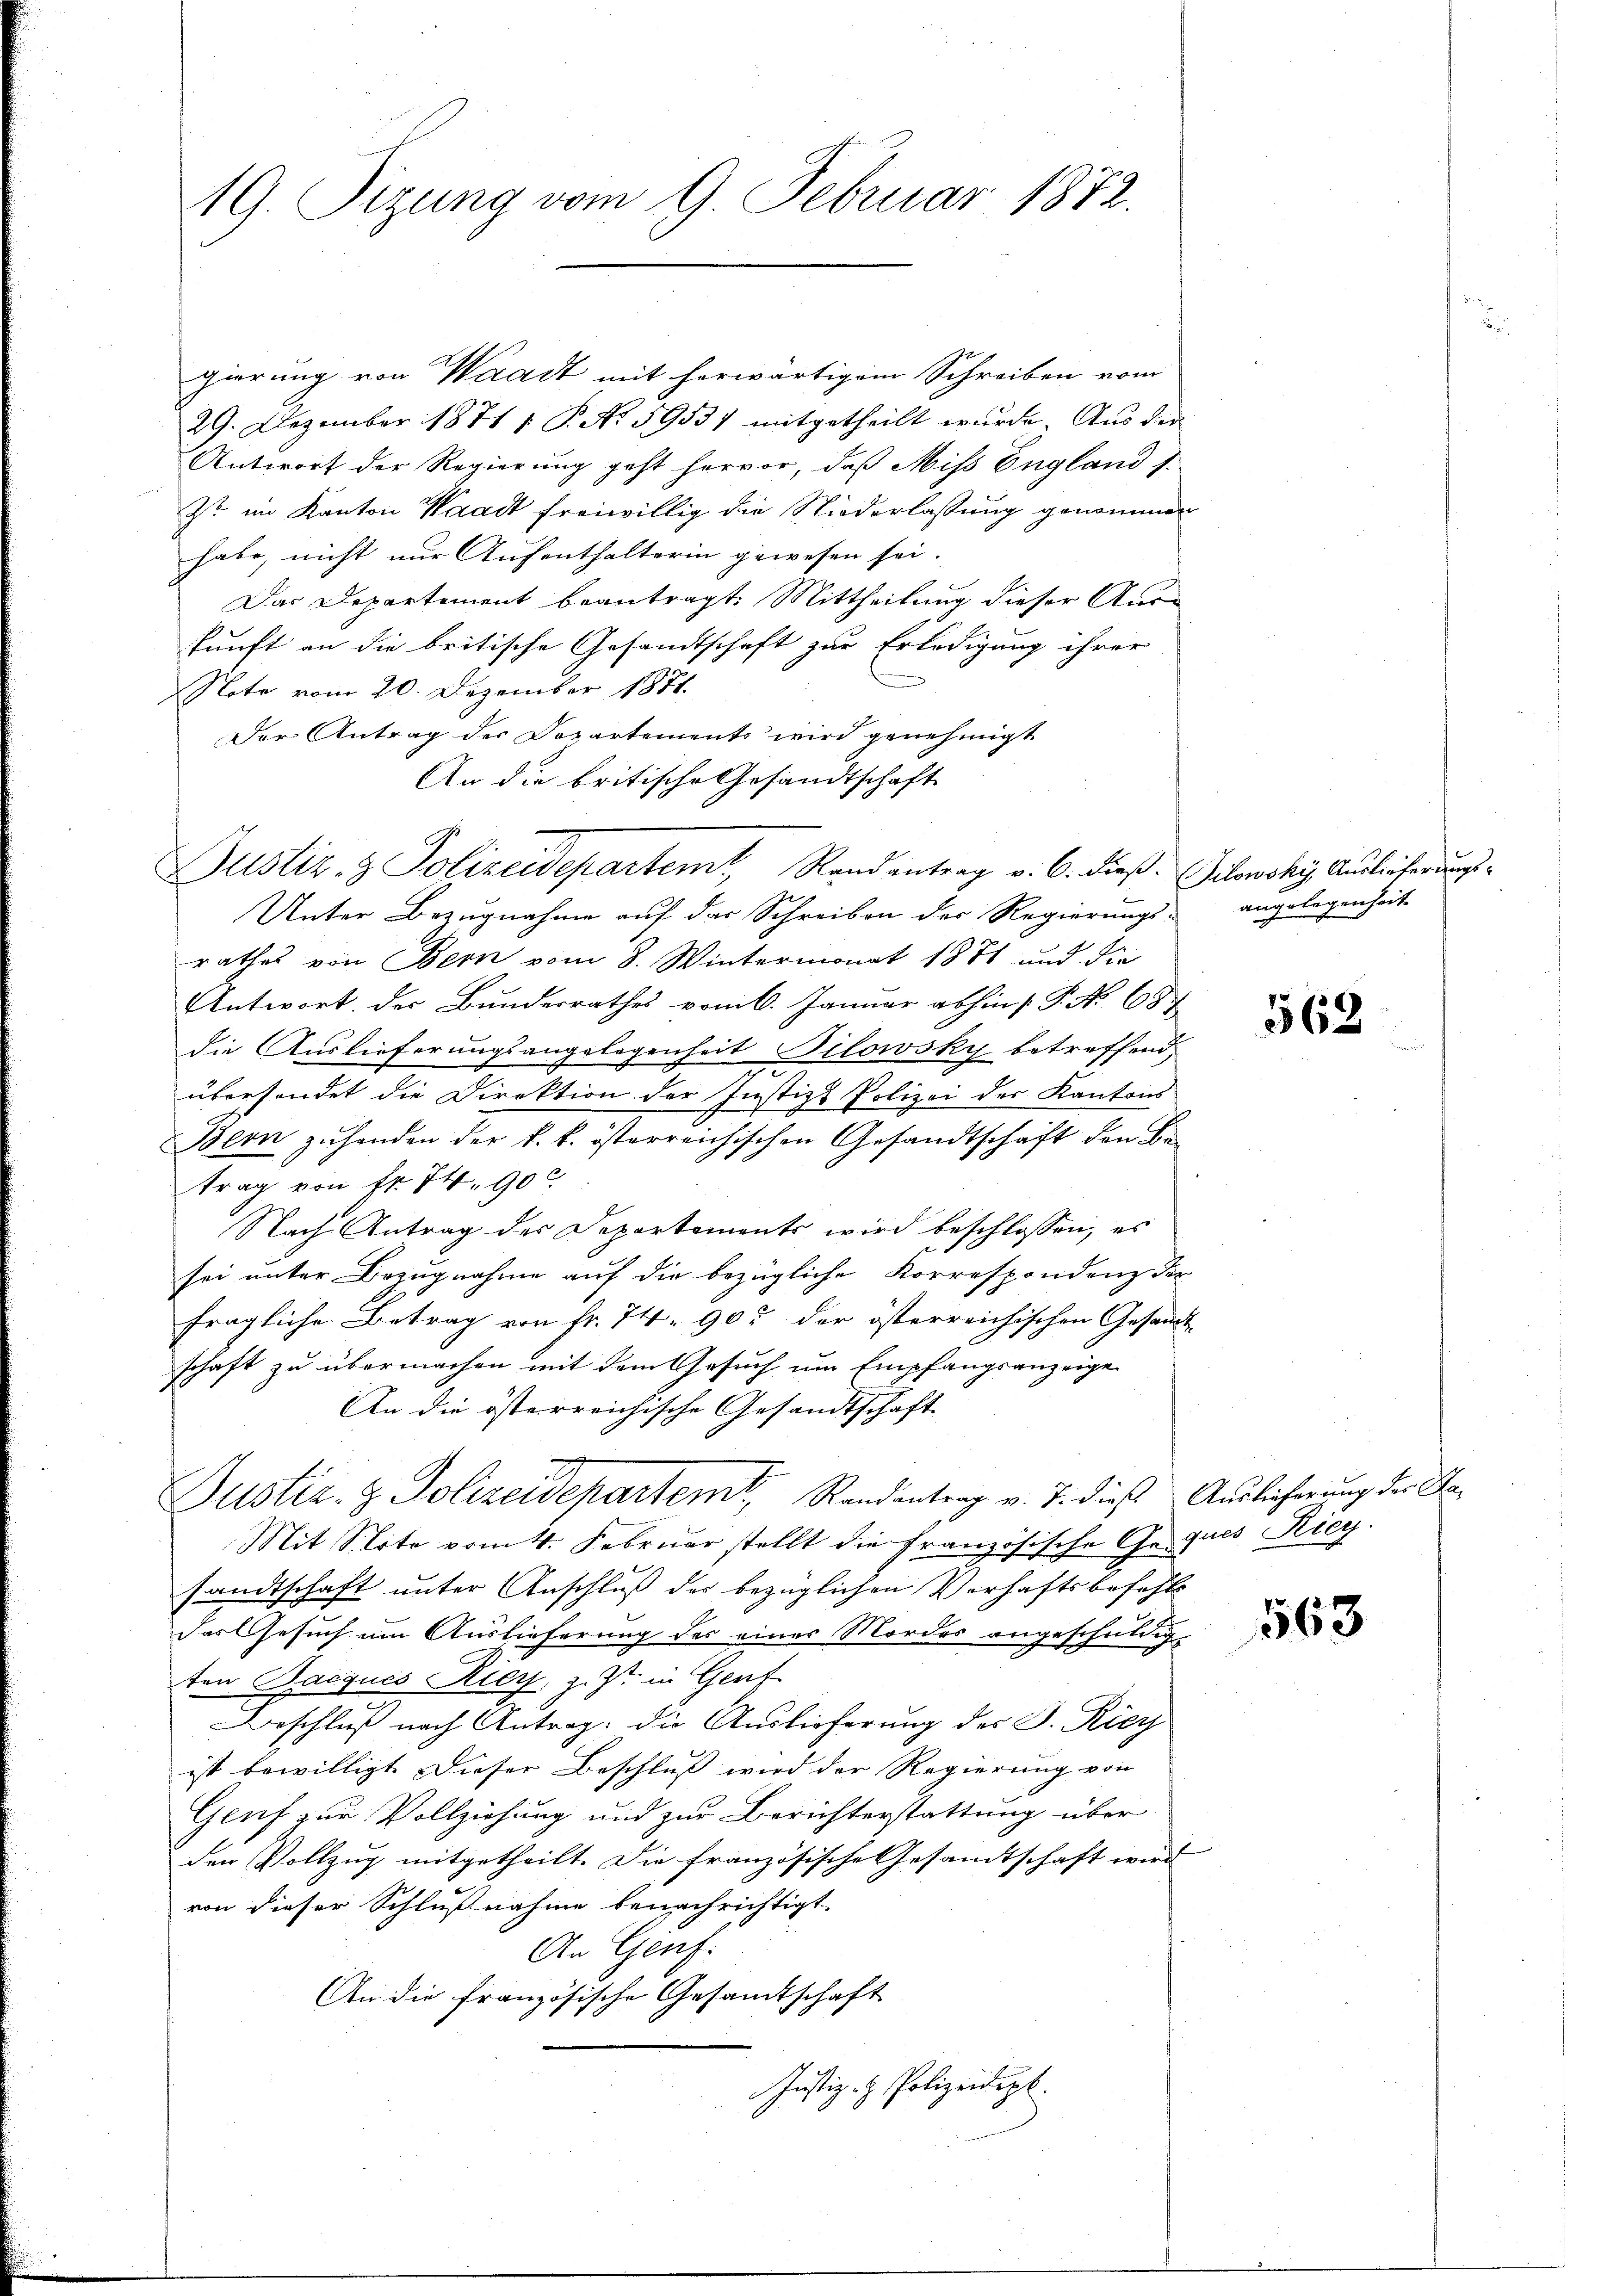
19. Sizung vom 9. Februar 1872.

gierung von Waadt mit herwärtigem Schreiben vom
29. Dezember 1871 1 P. Nr. 59531 mitgetheilt wurde. Aus der
Antwort der Regierung geht hervor, daß Miss England s
zt im Kanton Waadt freiwillig die Niederlassung genommen
habe, nicht nur Aufenthalterin gewesen sei.
Das Departement beantragt. Mittheilung dieser Aus-
kunft an die britische Gesandtschaft zur Erledigung ihrer
Noto vom 20. Dezember 1871.
Der Antrag der Departements wird genehmigt
An die britische Gesandtschaft
Unter Bezugnahme auf der Schreiben der Regierungs- angelegenheit.
rathes von Bern vom 8. Wintermonat 1871 und die
Antwort. Der Bundesrathes vom 6. Januar abhin [P. Nr. 187
die Auslieferungsangelegenheit Pilowsky betreffend,
übersendet die Direktion der Justizs Polizei der Kantons
Bern zuhanden der k. k. österreichischen Gesandtschaft den Betrag von Fr. 74. 900
Nach Antrag des Departements wird beschlossen, es
sei unter Bezugnahme auf die bezügliche Korrespondenz der
fragliche Betrag von Fr. 74. 905 der österreichischen Gesand
schaft zu übermachen mit dem Gesuch um Empfangsanzeige
An die österreichische Gesandtschaft
Justiz- & Polizeidepartemt, Randantrag v. J. diese
Mit Stote vom 4. Februar stellt die Französische Ge-ques Ricy.
sandtschaft unter Anschluß der bezüglichen Verhaftsbefehls
das Gesuch um Auslieferung des eines Mordes angeschuldig-
ten Bacques Rieg, z. Zt. in Genf
Beschluß nach Antrag, die Auslieferung der J. Riey
ist bewilligt. Dieser Beschluß wird der Regierung von
Genf zur Vollziehung und zur Berichterstattung über
den Vollzug mitgetheilt. Die französische Gesandtschaft wird
von dieser Schlußnahme benachrichtigt.
An Genf.
An die französische Gesamtschaft
Justiz- & Polizeidept.

Justiz- & Polizeidepartemt, Randantrag v. 6. dieß (ilowsky, Auslieferungs¬

563

Auslieferung der Sta¬

563